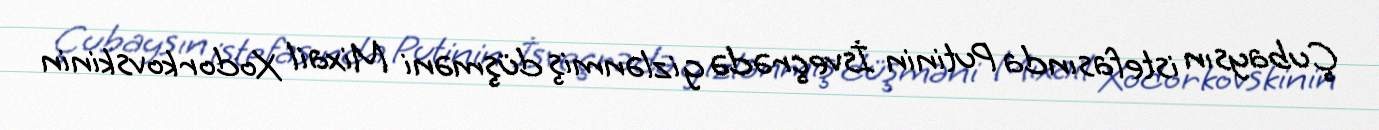
Çubaysın istefasında Putinin İsveçrədə gizlənmiş düşməni Mixail Xodorkovskinin